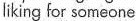
liking for someon